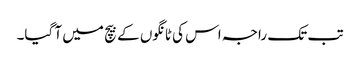
تب تک راجہ اس کی ٹانگوں کے بیچ میں آ گیا۔